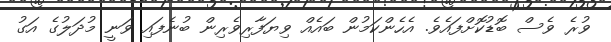
ވުރެ ވެސް ބޮޑުކޮށްފައެވެ. އެހެންކަމުން ބައެއް ވިޔަފާރިވެރިން ބުނެފައި ވަނީ މުދަލުގެ އަގު